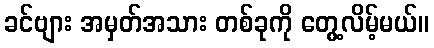
ခင်ဗျား အမှတ်အသား တစ်ခုကို တွေ့လိမ့်မယ်။